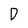
Character: D